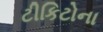
ટીકિટોના